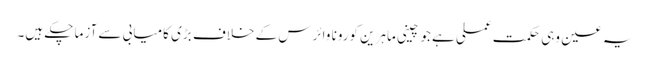
یہ عین وہی حکمتِ عملی ہے جو چینی ماہرین کورونا وائرس کے خلاف بڑی کامیابی سے آزما چکے ہیں۔